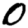
Digit: 0